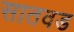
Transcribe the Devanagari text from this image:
सातवड